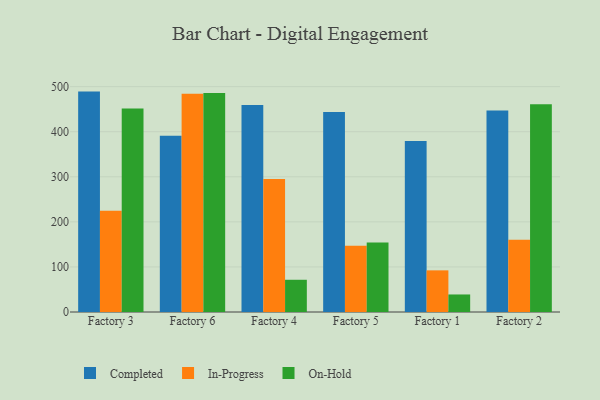
{"axis": {"x": "Factory", "y": "Market Share (%)"}, "legend": ["Completed", "In-Progress", "On-Hold"], "data": [{"x": "Factory 3", "y": 489.0, "type": "Completed"}, {"x": "Factory 3", "y": 224.8, "type": "In-Progress"}, {"x": "Factory 3", "y": 451.4, "type": "On-Hold"}, {"x": "Factory 6", "y": 391.1, "type": "Completed"}, {"x": "Factory 6", "y": 484.1, "type": "In-Progress"}, {"x": "Factory 6", "y": 485.8, "type": "On-Hold"}, {"x": "Factory 4", "y": 459.3, "type": "Completed"}, {"x": "Factory 4", "y": 295.2, "type": "In-Progress"}, {"x": "Factory 4", "y": 71.5, "type": "On-Hold"}, {"x": "Factory 5", "y": 443.8, "type": "Completed"}, {"x": "Factory 5", "y": 147.0, "type": "In-Progress"}, {"x": "Factory 5", "y": 154.0, "type": "On-Hold"}, {"x": "Factory 1", "y": 379.3, "type": "Completed"}, {"x": "Factory 1", "y": 92.4, "type": "In-Progress"}, {"x": "Factory 1", "y": 38.9, "type": "On-Hold"}, {"x": "Factory 2", "y": 447.3, "type": "Completed"}, {"x": "Factory 2", "y": 160.5, "type": "In-Progress"}, {"x": "Factory 2", "y": 460.9, "type": "On-Hold"}]}